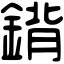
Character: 𨩈